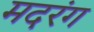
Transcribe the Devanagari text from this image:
मदरंग